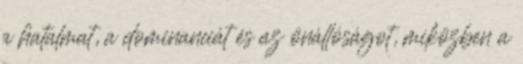
a hatalmat, a dominanciát és az önállóságot, miközben a